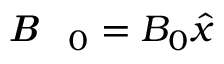
\textbf { \textit { B } } _ { 0 } = B _ { 0 } \boldsymbol { \hat { x } }